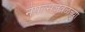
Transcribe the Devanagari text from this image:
नेपल्सजवळच्या